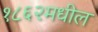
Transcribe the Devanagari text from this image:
१८६२मधील